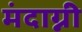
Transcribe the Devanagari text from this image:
मंदाग्नी